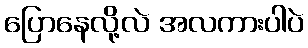
ပြောနေလို့လဲ အလကားပါပဲ